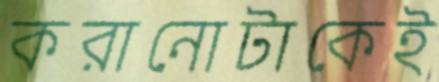
করানোটাকেই